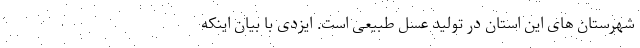
شهرستان های این استان در تولید عسل طبیعی است. ایزدی با بیان اینکه